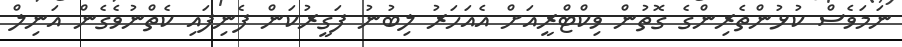
ނަމަވެސް ކުޅުންތެރިންގެ ގޮތުން ވިކްޓްރީއަށް އެއަހަރު ލިބުނު ފަގީރުކަން ފެނިފައި ކެތްނުވެގެން އަނިލް